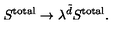
S ^ { \mathrm { t o t a l } } \rightarrow \lambda ^ { \tilde { d } } S ^ { \mathrm { t o t a l } } .